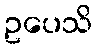
ဥပေသိ